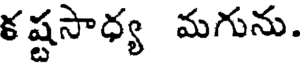
కష్టసాధ్య మగును.